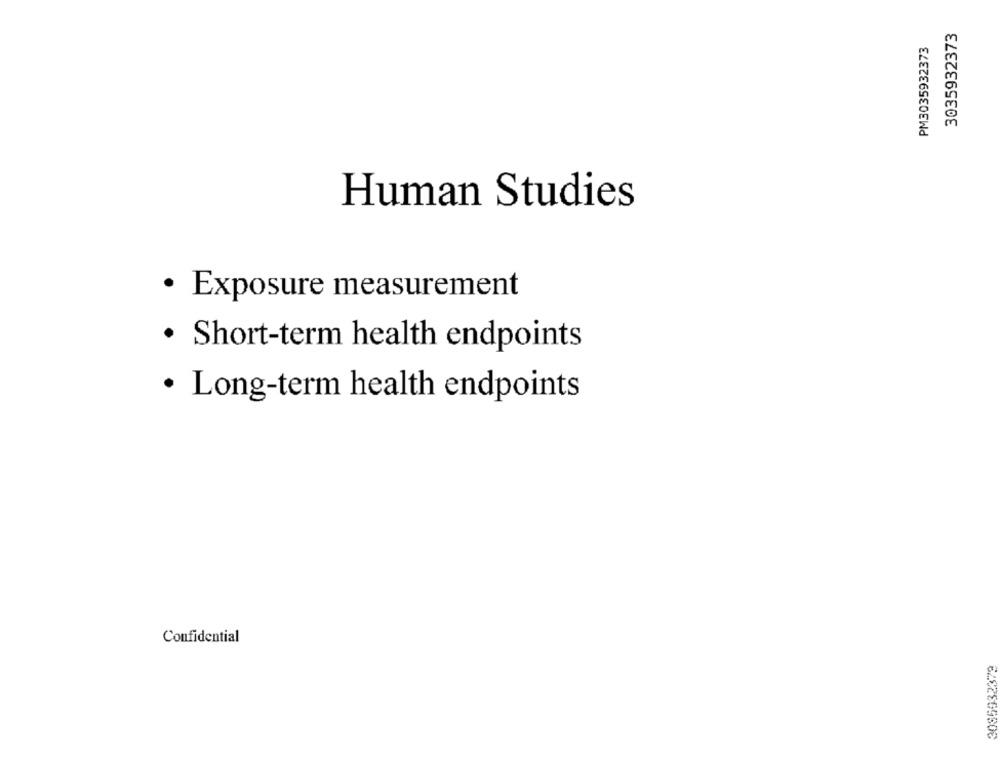
3035932373
PM3035932373
Human Studies
· Exposure measurement
· Short-term health endpoints
· Long-term health endpoints
Confidential
3085932379